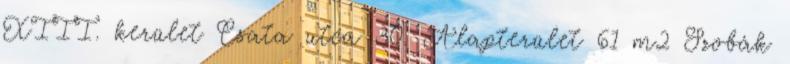
XIII. kerület Csata utca 30. Alapterület 61 m2 Szobák